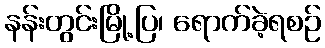
နန်းတွင်းမြို့ပြ၊ ရောက်ခဲ့ရစဉ်